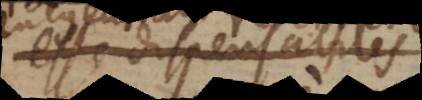
esse dispensabiles